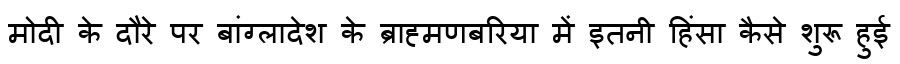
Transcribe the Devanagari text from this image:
मोदी के दौरे पर बांग्लादेश के ब्राह्मणबरिया में इतनी हिंसा कैसे शुरू हुई